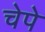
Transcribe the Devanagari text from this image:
चेपे